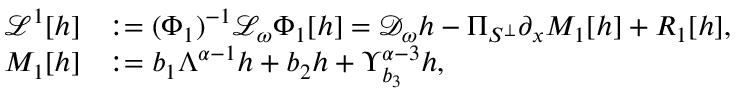
\begin{array} { r l } { \mathcal { L } ^ { 1 } [ h ] } & { : = ( \Phi _ { 1 } ) ^ { - 1 } \mathcal { L } _ { \omega } \Phi _ { 1 } [ h ] = \mathcal { D } _ { \omega } h - \Pi _ { S ^ { \perp } } \partial _ { x } M _ { 1 } [ h ] + R _ { 1 } [ h ] , } \\ { M _ { 1 } [ h ] } & { : = { b } _ { 1 } \Lambda ^ { \alpha - 1 } h + b _ { 2 } h + \Upsilon _ { { b } _ { 3 } } ^ { \alpha - 3 } h , } \end{array}